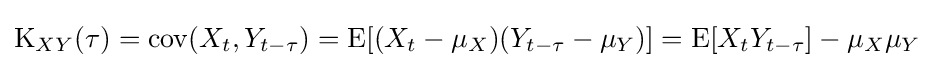
\operatorname {K} _{XY}(\tau )=\operatorname {cov} (X_{t},Y_{t-\tau })=\operatorname {E} [(X_{t}-\mu _{X})(Y_{t-\tau }-\mu _{Y})]=\operatorname {E} [X_{t}Y_{t-\tau }]-\mu _{X}\mu _{Y}